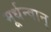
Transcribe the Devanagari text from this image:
मूर्धन्वान्